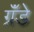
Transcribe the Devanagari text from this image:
ग्रॅंडे